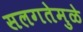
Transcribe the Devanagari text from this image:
सलगतेमुळे